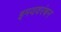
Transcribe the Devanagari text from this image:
इमयवरंबन